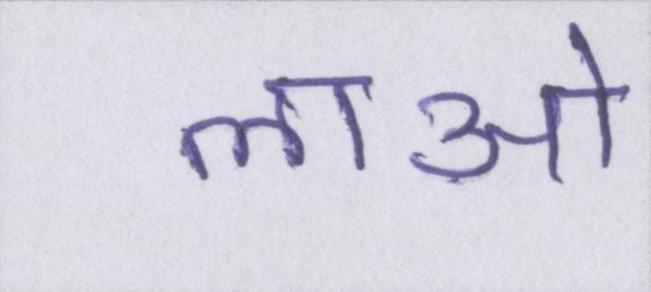
लाओ